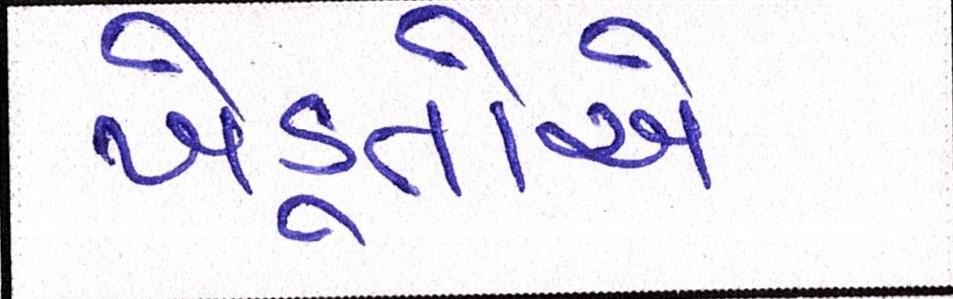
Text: ખેડૂતોએ